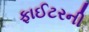
ફાઈટરની